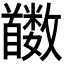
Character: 𬳛